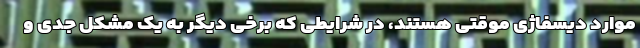
موارد دیسفاژی موقتی هستند، در شرایطی که برخی دیگر به یک مشکل جدی و